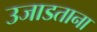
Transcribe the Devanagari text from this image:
उजाडताना